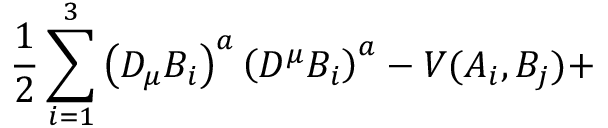
\frac { 1 } { 2 } \sum _ { i = 1 } ^ { 3 } \left( D _ { \mu } B _ { i } \right) ^ { a } \left( D ^ { \mu } B _ { i } \right) ^ { a } - V ( A _ { i } , B _ { j } ) +